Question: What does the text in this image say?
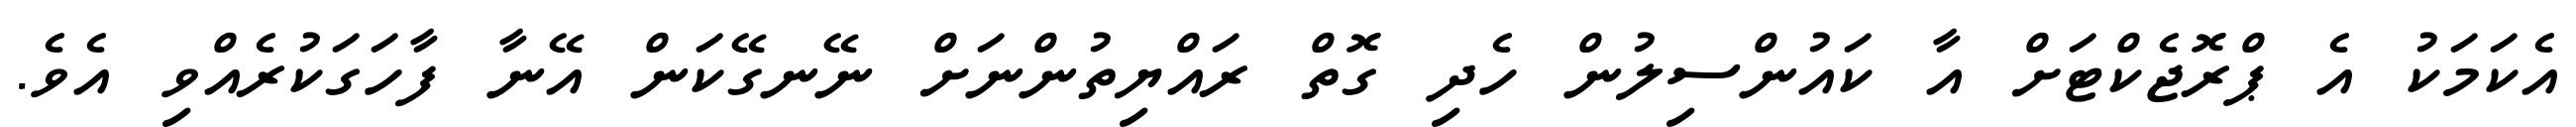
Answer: އެކަމަކު އެ ޕްރޮޖެކްޓަށް އާ ކައުންސިލުން ހެދި ގޮތް ރައްޔިތުންނަށް ނޭނގޭކަން އޭނާ ފާހަގަކުރެއްވި އެވެ.